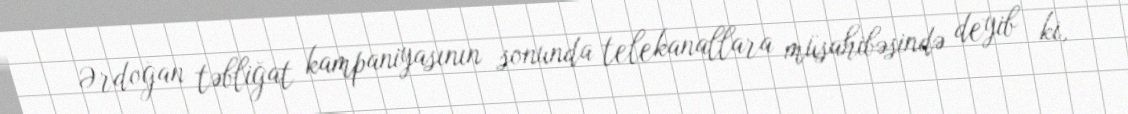
Ərdoğan təbliğat kampaniyasının sonunda telekanallara müsahibəsində deyib ki,